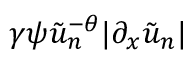
\gamma \psi \tilde { u } _ { n } ^ { - \theta } | \partial _ { x } \tilde { u } _ { n } |